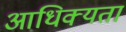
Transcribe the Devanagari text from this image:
आधिक्यता